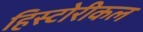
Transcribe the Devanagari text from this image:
हिस्टोरीकल